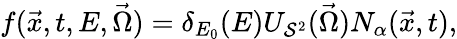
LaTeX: f(\vec{x},t,E,\vec{\Omega})=\delta_{E_{0}}(E)U_{\mathcal{S}^{2}}(\vec{\Omega})N_{\alpha}(\vec{x},t),